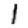
Digit: 1